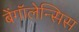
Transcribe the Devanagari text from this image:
बेंगॉलेन्सिस